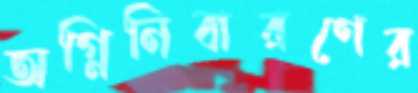
অগ্নিনিবারণের